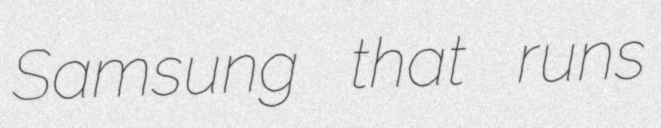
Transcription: Samsung that runs